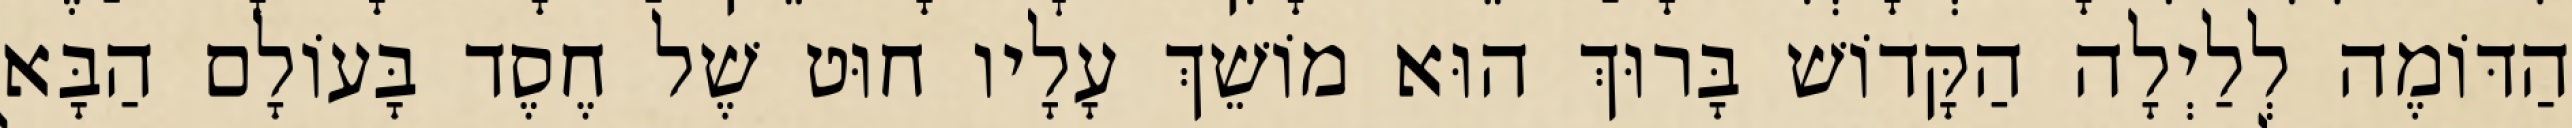
הַדּוֹמֶה לְלַיְלָה הַקָּדוֹשׁ בָּרוּךְ הוּא מוֹשֵׁךְ עָלָיו חוּט שֶׁל חֶסֶד בָּעוֹלָם הַבָּא